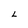
Character: L